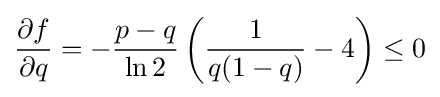
{\frac {\partial f}{\partial q}}=-{\frac {p-q}{\ln 2}}\left({\frac {1}{q(1-q)}}-4\right)\leq 0